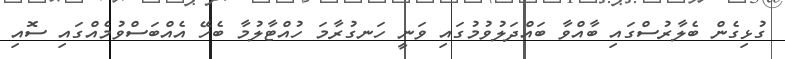
ގުޅިގެން ބެލާރުސްގައި ބާއްވާ ބައްދަލުވުމުގައި ވަނީ ހަނގުރާމަ ހުއްޓާލުމާ ބެހޭ އެއްބަސްވުމެއްގައި ސޮއި